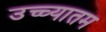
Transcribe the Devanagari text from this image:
उच्च्यातम